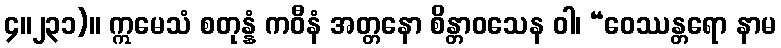
၄။၂၃၁)။ ဣမေသံ စတုန္နံ ကဝီနံ အတ္တနော စိန္တာဝသေန ဝါ၊ “ဝေဿန္တရော နာမ